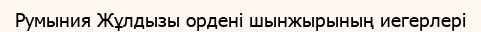
Румыния Жұлдызы ордені шынжырының иегерлері